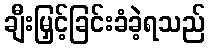
ချီးမြှင့်ခြင်းခံခဲ့ရသည်